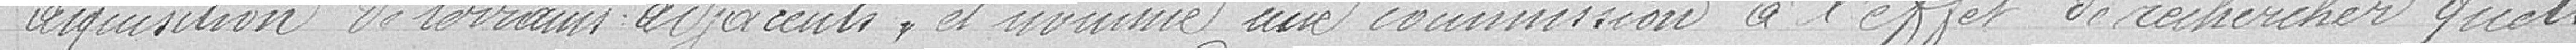
acquisition de terrains adjacents et somme une commission à l'effet de rechercher quels